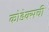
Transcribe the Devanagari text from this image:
कोडेक्सची